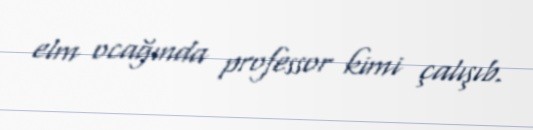
elm ocağında professor kimi çalışıb.